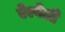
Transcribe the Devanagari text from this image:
ऐल्वेली